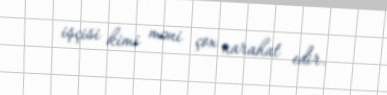
işçisi kimi məni çox narahat edir.